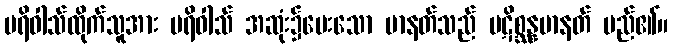
ပရိဝါသ်ထိုက်သူအား ပရိဝါသ် အဆုံး၌ပေးသော မာနတ်သည် ပဋိစ္ဆန္နမာနတ် မည်၏။